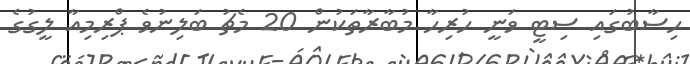
ހިސާބުގައި ސިޓީ ވަނީ ހުރިހާ މުބާރާތަކުން 20 މެޗު ބަލިނުވެ ޕްރިމިއާ ލީގުގެ